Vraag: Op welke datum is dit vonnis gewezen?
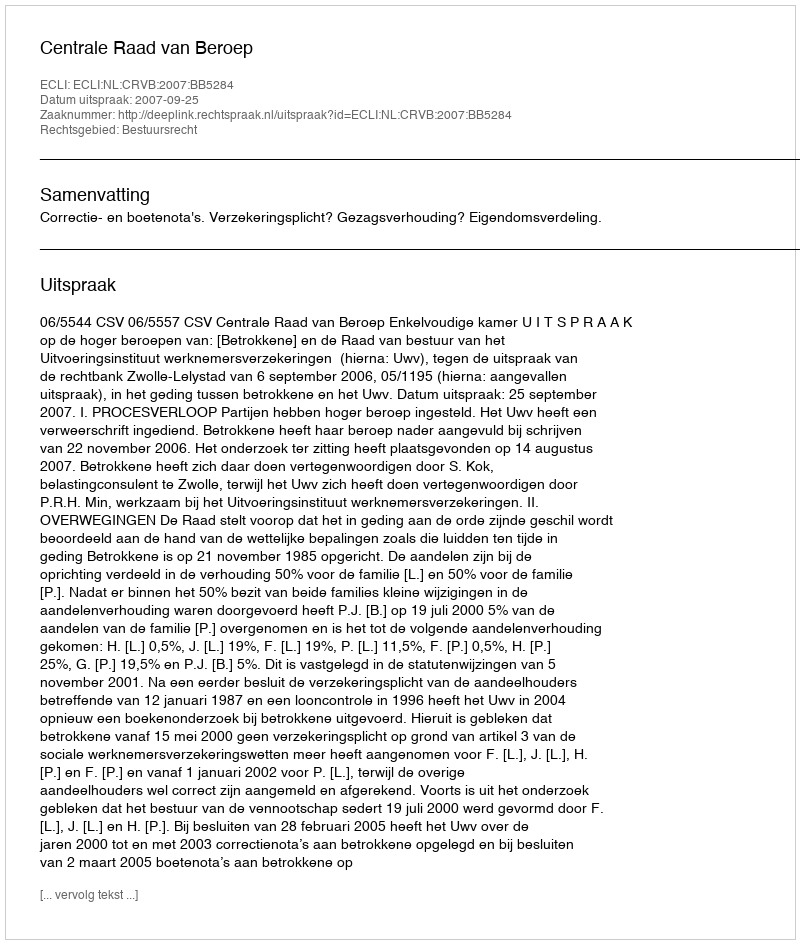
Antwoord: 2007-09-25